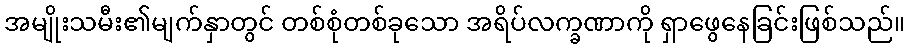
အမျိုးသမီး၏မျက်နှာတွင် တစ်စုံတစ်ခုသော အရိပ်လက္ခဏာကို ရှာဖွေနေခြင်းဖြစ်သည်။